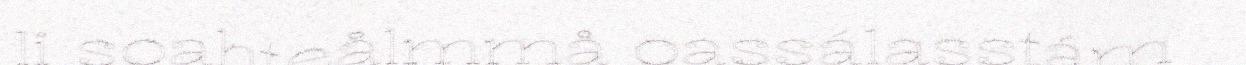
li soahteålmmå oassálasstám